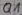
Text: Q1